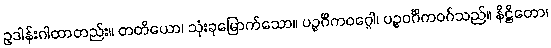
ဥဒါန်းဂါထာတည်း။ တတိယော၊ သုံးခုမြောက်သော။ ပဉ္စင်္ဂိကဝဂ္ဂေါ၊ ပဉ္စဝင်္ဂိကဝဂ်သည်။ နိဋ္ဌိတော၊